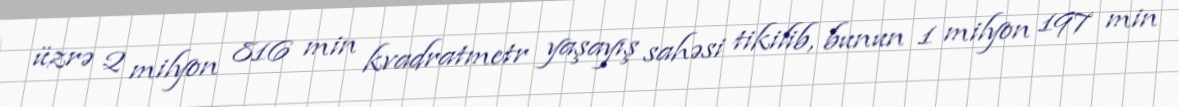
üzrə 2 milyon 816 min kvadratmetr yaşayış sahəsi tikilib, bunun 1 milyon 197 min